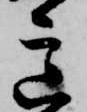
意